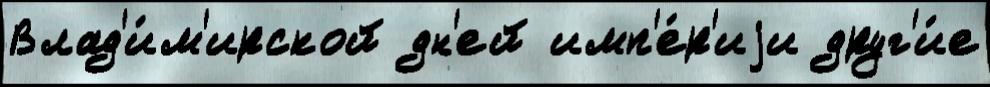
Влад'и́м'ирской дн'ей имп'е́р'иjи друг'и́е